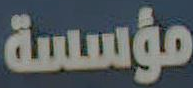
مؤسسة